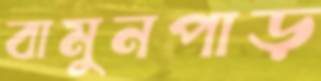
বামুনপাড়